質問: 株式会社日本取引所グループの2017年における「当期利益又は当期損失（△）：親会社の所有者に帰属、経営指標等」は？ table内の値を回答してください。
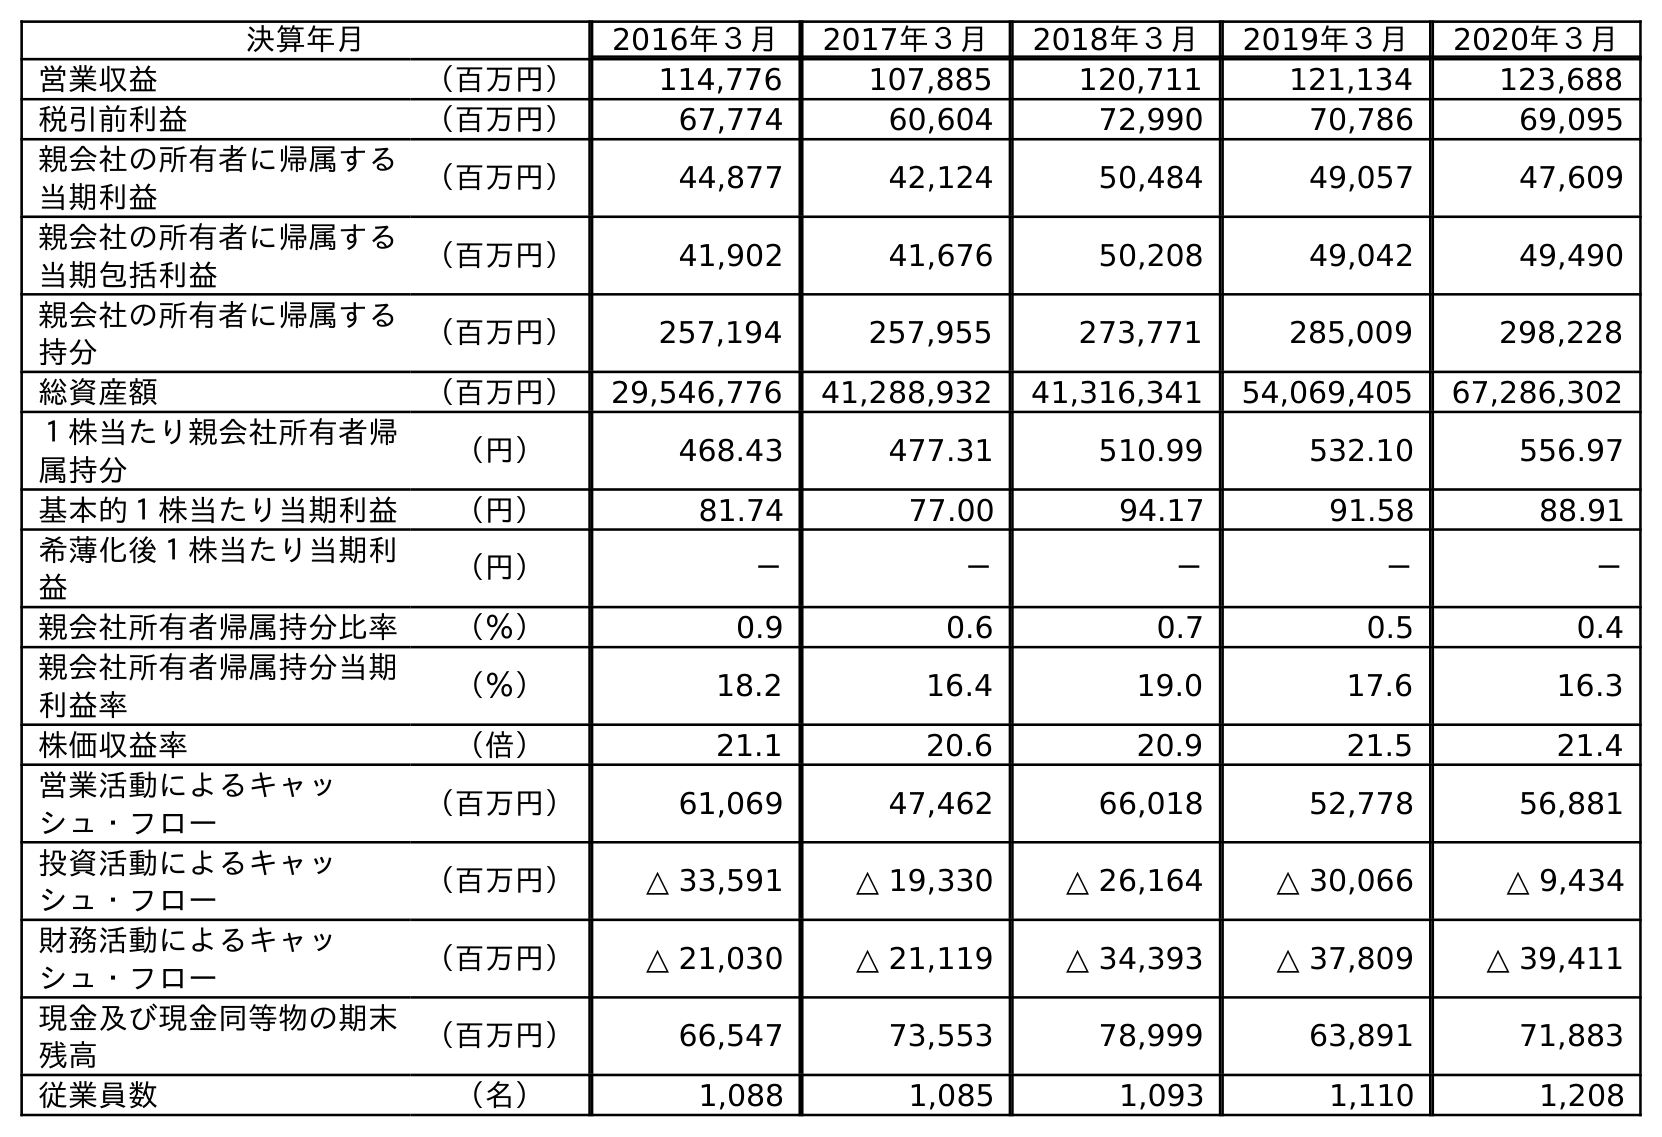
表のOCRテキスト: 決算年月 2016年３月 2017年３月 2018年３月 2019年３月 2020年３月 営業収益 （百万円） 114,776 107,885 120,711 121,134 123,688 税引前利益 （百万円） 67,774 60,604 72,990 70,786 69,095 親会社の所有者に帰属する 当期利益 （百万円） 44,877 42,124 50,484 49,057 47,609 親会社の所有者に帰属する 当期包括利益 （百万円） 41,902 41,676 50,208 49,042 49,490 親会社の所有者に帰属する 持分 （百万円） 257,194 257,955 273,771 285,009 298,228 総資産額 （百万円） 29,546,776 41,288,932 41,316,341 54,069,405 67,286,302 １株当たり親会社所有者帰 属持分 （円） 468.43 477.31 510.99 532.10 556.97 基本的１株当たり当期利益 （円） 81.74 77.00 94.17 91.58 88.91 希薄化後１株当たり当期利 益 （円） － － － － － 親会社所有者帰属持分比率 （％） 0.9 0.6 0.7 0.5 0.4 親会社所有者帰属持分当期 利益率 （％） 18.2 16.4 19.0 17.6 16.3 株価収益率 （倍） 21.1 20.6 20.9 21.5 21.4 営業活動によるキャッ シュ・フロー （百万円） 61,069 47,462 66,018 52,778 56,881 投資活動によるキャッ シュ・フロー （百万円） △ 33,591 △ 19,330 △ 26,164 △ 30,066 △ 9,434 財務活動によるキャッ シュ・フロー （百万円） △ 21,030 △ 21,119 △ 34,393 △ 37,809 △ 39,411 現金及び現金同等物の期末 残高 （百万円） 66,547 73,553 78,999 63,891 71,883 従業員数 （名） 1,088 1,085 1,093 1,110 1,208
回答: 42,124